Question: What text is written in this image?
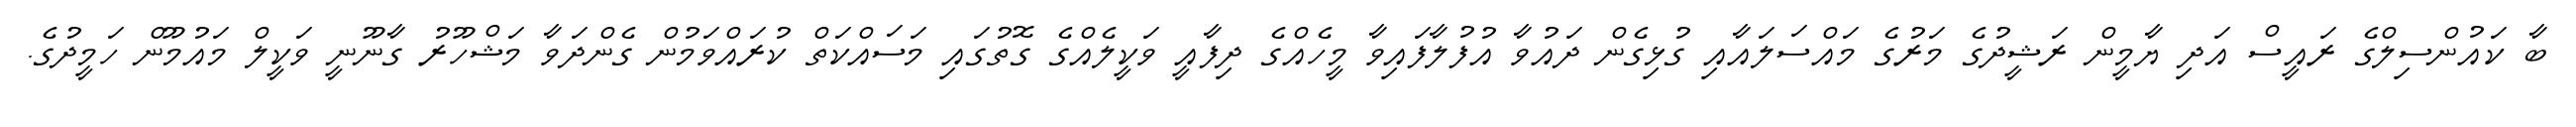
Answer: ބާ ކައުންސިލްގެ ރައީސް އަދި ޔާމީން ރަޝީދުގެ މަރުގެ މައްސަލައާއި ގުޅިގެން ދައުވާ އުފުލާފައިވާ މީހެއްގެ ދިފާއީ ވަކީލެއްގެ ގޮތުގައި މަސައްކަތް ކުރައްވަމުން ގެންދަވާ މަޝްހޫރު ގާނޫނީ ވަކީލް މައުމޫން ހަމީދުގެ.